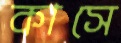
কাসে